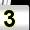
Digit: 3